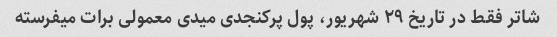
شاتر فقط در تاریخ ۲۹ شهریور، پول پرکنجدی میدی معمولی برات میفرسته